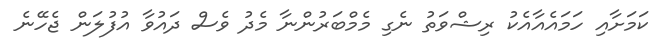
ކަމަށާއި ހަމައެއާއެކު ރިޝްވަތު ނެގި މެމްބަރުންނާ މެދު ވެސް ދައުވާ އުފުލަން ޖެހޭނެ